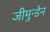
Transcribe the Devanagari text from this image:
जीमुन्डेन